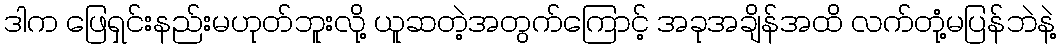
ဒါက ဖြေရှင်းနည်းမဟုတ်ဘူးလို့ ယူဆတဲ့အတွက်ကြောင့် အခုအချိန်အထိ လက်တုံ့မပြန်ဘဲနဲ့